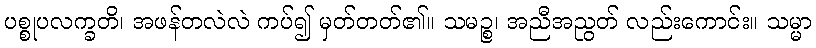
ပစ္စုပလက္ခတိ၊ အဖန်တလဲလဲ ကပ်၍ မှတ်တတ်၏။ သမဉ္စ၊ အညီအညွတ် လည်းကောင်း။ သမ္မာ